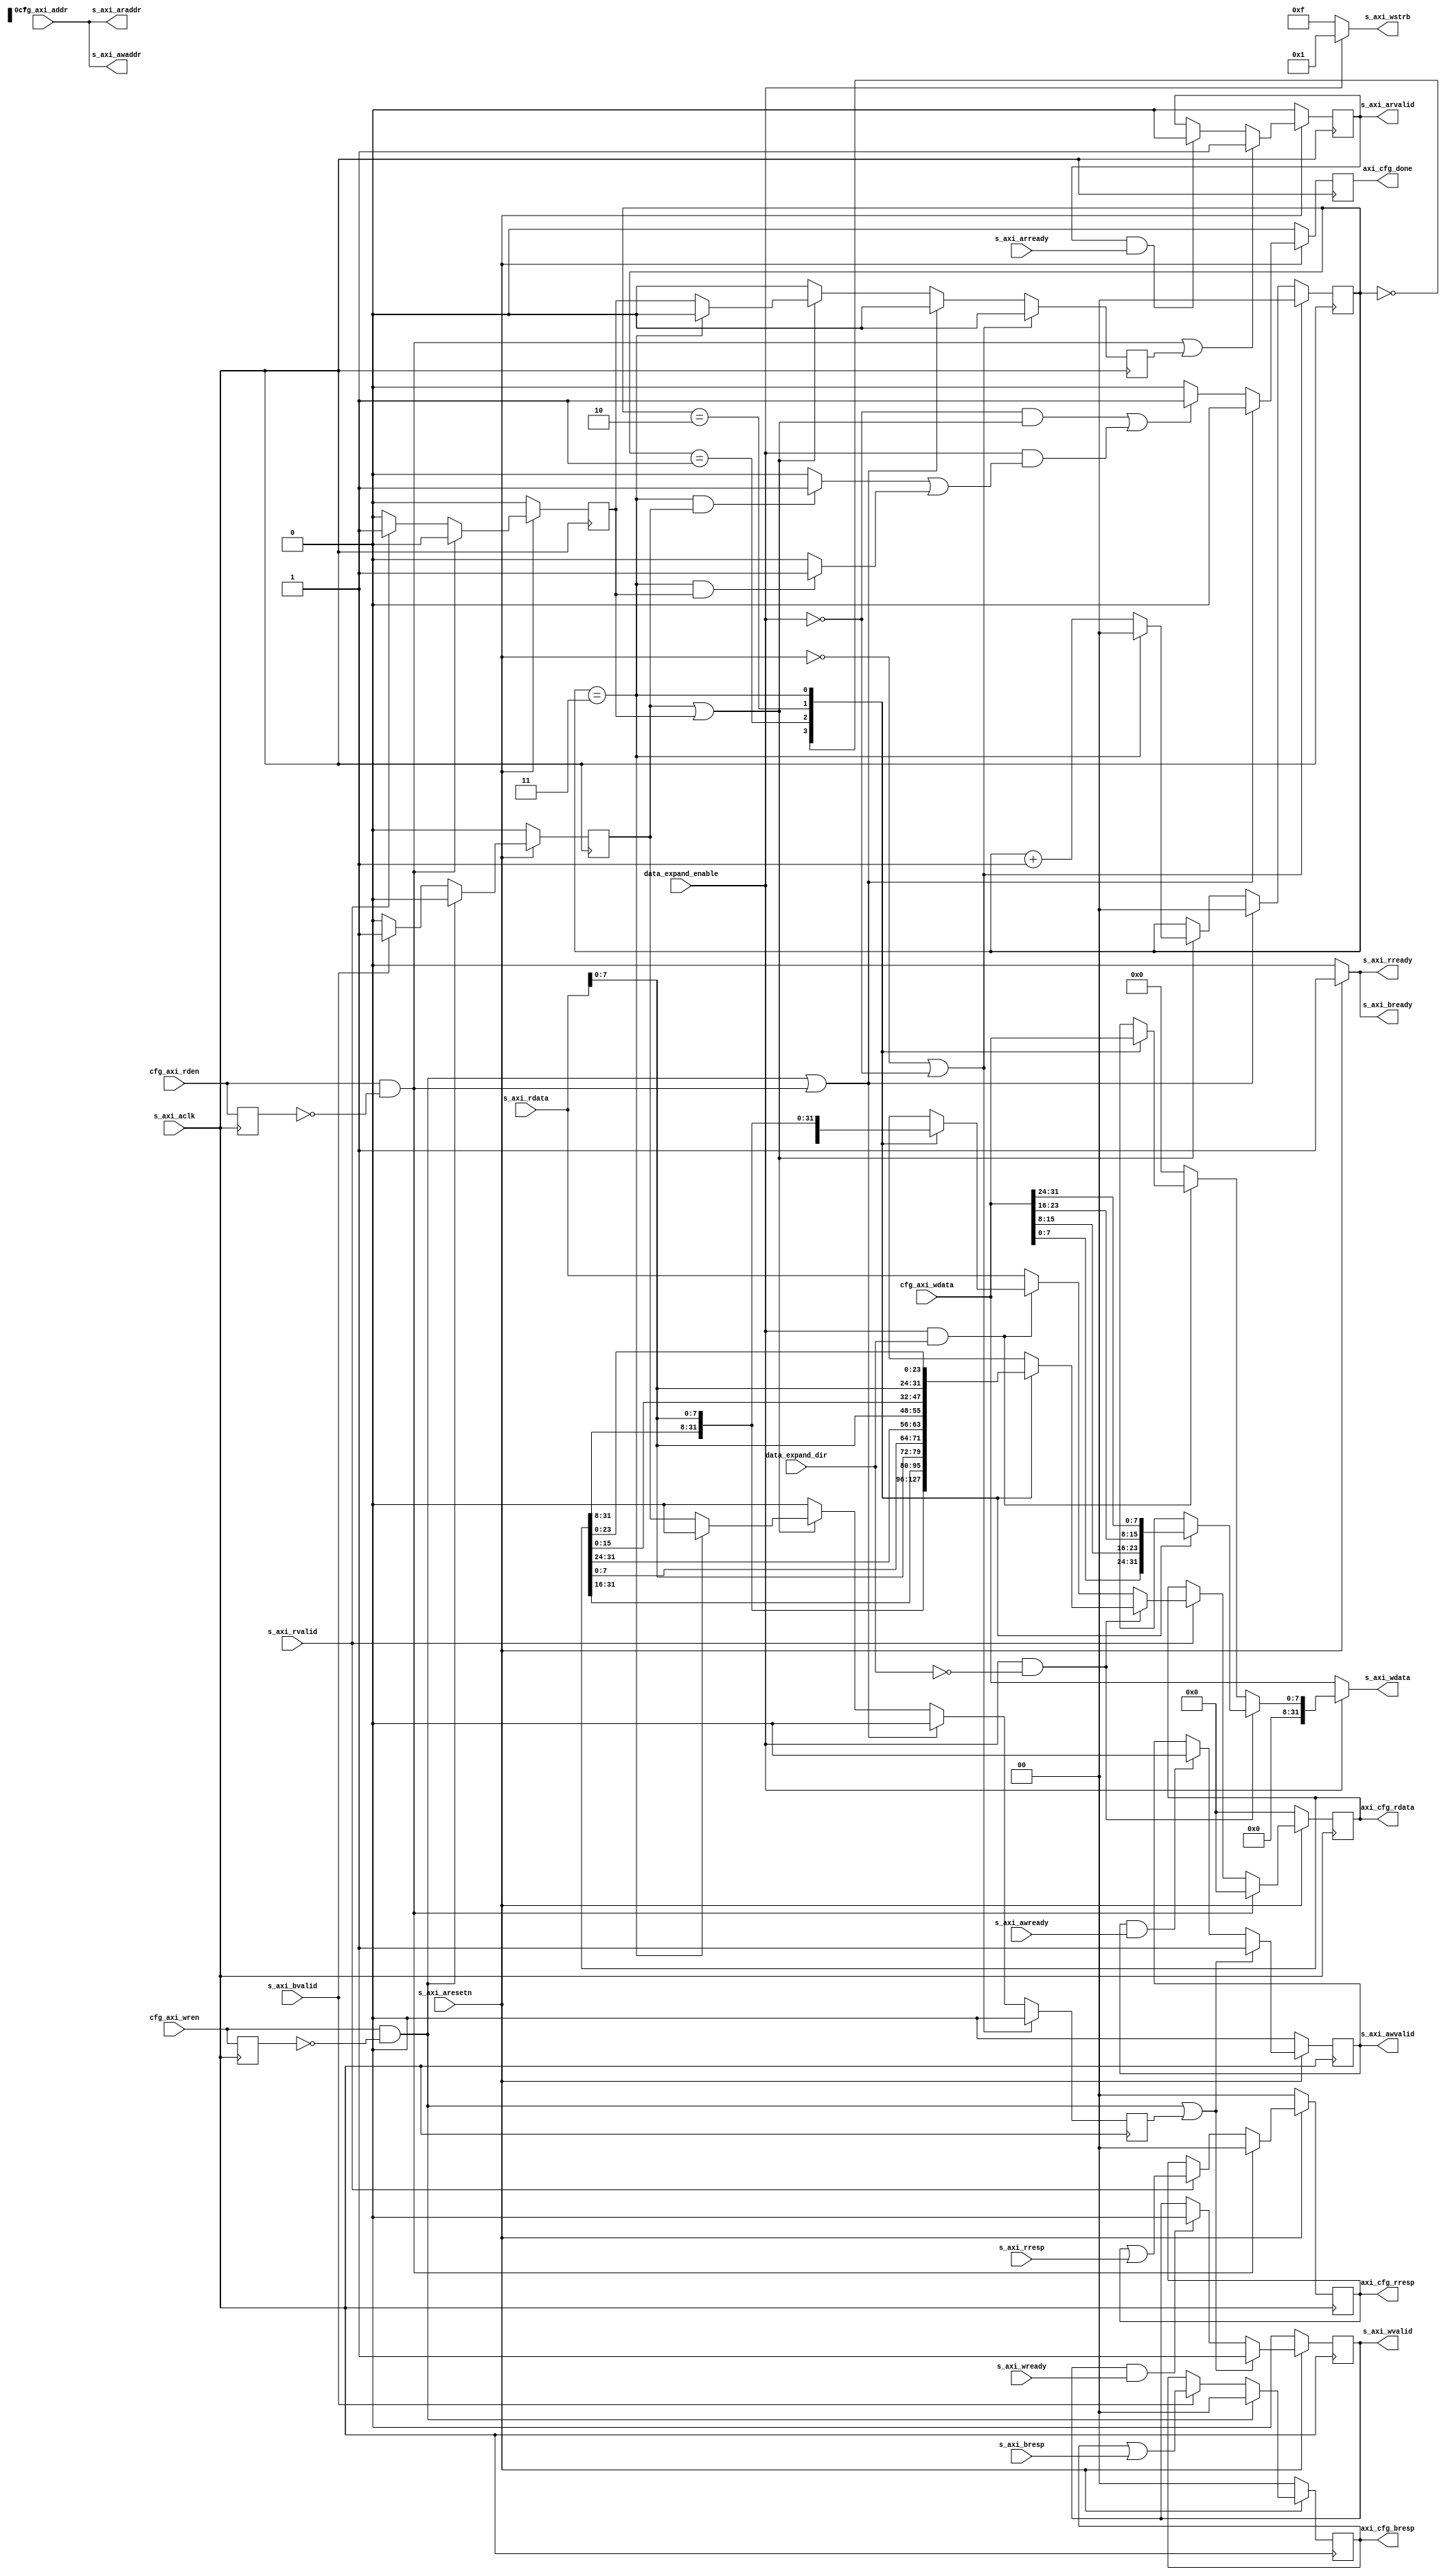
// *!***************************************************************************
// *! Copyright 2019 International Business Machines
// *!
// *! Licensed under the Apache License, Version 2.0 (the "License");
// *! you may not use this file except in compliance with the License.
// *! You may obtain a copy of the License at
// *! http://www.apache.org/licenses/LICENSE-2.0 
// *!
// *! The patent license granted to you in Section 3 of the License, as applied
// *! to the "Work," hereby includes implementations of the Work in physical form.  
// *!
// *! Unless required by applicable law or agreed to in writing, the reference design
// *! distributed under the License is distributed on an "AS IS" BASIS,
// *! WITHOUT WARRANTIES OR CONDITIONS OF ANY KIND, either express or implied.
// *! See the License for the specific language governing permissions and
// *! limitations under the License.
// *! 
// *! The background Specification upon which this is based is managed by and available from
// *! the OpenCAPI Consortium.  More information can be found at https://opencapi.org. 
// *!***************************************************************************
 `timescale 1ns / 1ps
// ******************************************************************************************************************************
// Project            :  OpenCAPI CFG extension to convert CFG regs to an AXI4-Lite interface
//
// Module Description : This file converts a software accessible configuration register signals to an AXI4-Lite interface.
//
// Note: The software registers are expected to held stable during the entire command. This allows a synchronous design
//       with only one clock, at the frequency of the AXI4-Lite interface. The rising edge of this clock should align with
//       the clock used by the configuration registers, although there can be a difference in frequency (i.e. CFG clock 
//       of 400 MHz, AXI4-Lite clock of 200 MHz generated from the same oscillator source). 
//
// ******************************************************************************************************************************
// Modification History :
//                                     |Version    |     |Author   |Description of change
//                                     |-----------|     |-------- |---------------------
  `define CFG_REG_TO_AXI4LITE_VERSION   13_NOV_2017   //            Initial creation         
//
// ******************************************************************************************************************************


// ==============================================================================================================================
// @@@  Module Declaration
// ==============================================================================================================================

module cfg_reg_to_axi4lite (

    // Misc signals
    input          s_axi_aclk             // Clock for AXI4-Lite interface
  , input          s_axi_aresetn          // (active low) Functional reset

    // Configuration register interface
  , input   [13:0] cfg_axi_addr           // Read or write address to selected target (set upper unused bits to 0)
  , input          cfg_axi_wren           // Set to 1 to write a location, held stable through operation until done=1
  , input   [31:0] cfg_axi_wdata          // Contains write data (valid while wren=1)
  , input          cfg_axi_rden           // Set to 1 to read  a location, held stable through operation until done=1
  , output  [31:0] axi_cfg_rdata          // Contains read data (valid when rden=1 and done=1)
  , output         axi_cfg_done           // AXI logic pulses to 1 for 1 cycle when write is complete, or when rdata contains valid results
  , output   [1:0] axi_cfg_bresp          // Write response from selected AXI4-Lite device
  , output   [1:0] axi_cfg_rresp          // Read  response from selected AXI4-Lite device
//, output   [9:0] axi_cfg_status         <-- Pass directly from slaves to config regs, bypassing the conversion logic
  , input          data_expand_enable     // When 1, expand/collapse 4 bytes of data into four, 1 byte AXI operations
  , input          data_expand_dir        // When 0, expand bytes [3:0] in order 0,1,2,3 . When 1, expand in order 3,2,1,0 .

    // AXI4-Lite interface  (refer to "AMBA AXI and ACE Protocol Specification" from ARM)
  , output  [13:0] s_axi_awaddr  
  , output         s_axi_awvalid 
  , input          s_axi_awready  
  , output  [31:0] s_axi_wdata 
  , output   [3:0] s_axi_wstrb  
  , output         s_axi_wvalid  
  , input          s_axi_wready 
  , input    [1:0] s_axi_bresp 
  , input          s_axi_bvalid  
  , output         s_axi_bready  
  , output  [13:0] s_axi_araddr  
  , output         s_axi_arvalid  
  , input          s_axi_arready 
  , input   [31:0] s_axi_rdata  
  , input    [1:0] s_axi_rresp  
  , input          s_axi_rvalid 
  , output         s_axi_rready
);

// Notes:
// Keep latency as low as possible. This this is 1/2 freq of the config regs, lengthy combinational logic shouldn't be a problem.

// ------------------------------------------------------------------------------------------------------------
// Detect rising edge of wren and rden - these indicate the start of the 1st operation, if expansion is enabled
// ------------------------------------------------------------------------------------------------------------
wire rising_wren;
wire rising_rden;
reg  delay_wren_q;
reg  delay_rden_q;
always @(posedge(s_axi_aclk))
  begin
    delay_wren_q <= cfg_axi_wren;
    delay_rden_q <= cfg_axi_rden;
  end
assign rising_wren = cfg_axi_wren & ~delay_wren_q;       // Pulse when current value = 1 and last cycle was 0
assign rising_rden = cfg_axi_rden & ~delay_rden_q;


// ------------------------------------------------------------------
// Expander 
// ------------------------------------------------------------------
reg  [7:0] expander_wdata;
reg  [1:0] expander_state_q;   // When used, states change in order of 00, 01, 10, 11
reg        expander_wren_q;
reg        expander_rden_q;
wire       exp_done_wr;        // Expander version of 'set_done_wr' and 'set_done_rd'
wire       exp_done_rd;
reg        set_done_wr;        // Individual transfer is complete
reg        set_done_rd;


// Expander state machine and pulses marking start of expanded transfer
// Note: An 'operation' consists of 1 or more 'transfers' depending if the 'expander' is enabled or not.
always @(posedge(s_axi_aclk))
  if (s_axi_aresetn == 1'b0 || data_expand_enable == 1'b0) // On reset or when expander not in use, set to inactive values
    begin                                  
      expander_state_q <= 2'b00;                          
      expander_wren_q  <= 1'b0;
      expander_rden_q  <= 1'b0;
    end
  else if (rising_wren == 1'b1 || rising_rden == 1'b1)     // When starting a new operation, and expander is enabled
    begin                                  
      expander_state_q <= 2'b00;                           // Clear to starting state
      expander_wren_q  <= 1'b0;                            // Suppress first 'expander_*en_q' pulse so logic below doesn't see 
      expander_rden_q  <= 1'b0;                            //   rising_*en pulse followed a cycle later by 'expander_*en_q' pulse
    end
  else if (set_done_wr == 1'b1 || set_done_rd == 1'b1)     // When current transfer is done (and expander is enabled)
    begin
      if (expander_state_q == 2'b11)
        begin
          expander_state_q <= 2'b00;                       // Stop expander after 4 transfers
          expander_wren_q  <= 1'b0;                        // Do not begin another transfer
          expander_rden_q  <= 1'b0;
        end
      else
        begin
          expander_state_q <= expander_state_q + 2'b01;    // Move to next state 
          expander_wren_q  <= set_done_wr;                 // Pulse to begin next expanded transfer, depending on its type
          expander_rden_q  <= set_done_rd;
        end
    end
  else
    begin
      expander_state_q <= expander_state_q;                // Stay in current state when idle or when transfer is going on
      expander_wren_q  <= 1'b0;                            // Do not start new transfer, turn into a pulse if set in last cycle
      expander_rden_q  <= 1'b0;
    end

// Pulse exp_done_* when expander is enabled (expander_state_q <> 00) and last transfer is complete
// This is pulse because set_done_* are pulses.
assign exp_done_wr = (expander_state_q == 2'b11 && set_done_wr == 1'b1) ? 1'b1 : 1'b0;
assign exp_done_rd = (expander_state_q == 2'b11 && set_done_rd == 1'b1) ? 1'b1 : 1'b0;

// Select expander_wdata
always @(*)  // Combinational
  if (data_expand_enable == 1'b1 && data_expand_dir == 1'b0)  // Byte order 0,1,2,3
    case (expander_state_q)
      2'b00: expander_wdata = cfg_axi_wdata[ 7: 0];
      2'b01: expander_wdata = cfg_axi_wdata[15: 8];
      2'b10: expander_wdata = cfg_axi_wdata[23:16];
      2'b11: expander_wdata = cfg_axi_wdata[31:24];
    endcase
  else if (data_expand_enable == 1'b1 && data_expand_dir == 1'b1)  // Byte order 3,2,1,0
    case (expander_state_q)
      2'b00: expander_wdata = cfg_axi_wdata[31:24];
      2'b01: expander_wdata = cfg_axi_wdata[23:16];
      2'b10: expander_wdata = cfg_axi_wdata[15: 8];
      2'b11: expander_wdata = cfg_axi_wdata[ 7: 0];
    endcase
  else     // Expander is disabled
    expander_wdata = 8'h00;


// ------------------------------------------------------------------
// Signals driven directly from config regs to AXI4-Lite
// - Write and Read addresses can come from CFG regs directly, as they are the same whether the expander is engaged or not
// - Write data though comes from the CFG reg directly if the expander is disabled, but from the expander if it is enabled
// - Expanded data appears in [7:0] of [31:0] to match the position expected by the Quad SPI core when accessing DTR and DRR FIFOs.
// - Write strobes use all 4 bytes if the expander is disabled, and the right most byte when expander is enabled.
//   Use a Read-Modify-Write procedure in cases where other individual bytes need to be updated.
// ------------------------------------------------------------------

assign s_axi_awaddr = cfg_axi_addr;
assign s_axi_araddr = cfg_axi_addr;
assign s_axi_wdata  = (data_expand_enable == 1'b0) ? cfg_axi_wdata : {24'b0, expander_wdata}; // Expander data in [7:0]
assign s_axi_wstrb  = (data_expand_enable == 1'b0) ? 4'b1111 : 4'b0001;   // Only bits [7:0] carry useful data when expander is active

// -----------------------
// Ready / Valid exchanges
// -----------------------

// *** Either Operation ***
// - When reset is active, done=0 and all valid = 0 (arvalid, awvalid, wvalid). 
// - If not reset and (rising edge of wren or rising edge of rden), set done=0. When operation is complete, set done to CFG regs.
// *** Write Operation ***
// - If not reset and rising edge of wren, set awvalid=1. Wait for awready=1. At next posedge clk, set awvalid=0.
// - If not reset and rising edge of wren, set wvalid=1.  Wait for wready=1.  At next posedge clk, set wvalid=0.
// - If not reset, set bready=1.
// - When doing write op, wait for bvalid=1. At next posedge clk, capture bresp and hold for config reg. Set done=1.
// *** Read Operation ***
// - If not reset and rising edge of rden, set arvalid=1. Wait for arready=1. At next posedge clk, set arvalid=0.
// - If not reset, set rready=1.
// - If not reset and rising edge of rden, wait for rvalid=1. At next posedge clk, capture and hold rresp and rdata. Set done=1.


// *** Either Operation ***

// Control 'done' on individual transfers (same signal for both write and read)
reg  done_q;
always @(posedge(s_axi_aclk))
  if (s_axi_aresetn == 1'b0)                             // On reset, set done=0                      
    done_q <= 1'b0;
  else if (rising_wren == 1'b1 || rising_rden == 1'b1)   // When write or read operation starts, set done=0
    done_q <= 1'b0;
  else if ( (data_expand_enable == 1'b0                         // Expander disabled, 
             && (set_done_wr == 1'b1 || set_done_rd == 1'b1) )  //   set done when wr or rd completes
         || (data_expand_enable == 1'b1                         // Expander enabled,
             && (exp_done_wr == 1'b1 || exp_done_rd == 1'b1) )  //   set done when last wr or rd is complete
          )
    done_q <= 1'b1;
  else if (done_q == 1'b1)                               // Make 'done' a single cycle pulse
    done_q <= 1'b0;
  else                                                   // Otherwise hold the current value
    done_q <= done_q;
assign axi_cfg_done = done_q;


// *** Write Operation ***


// Control 'awvalid' 
reg  awvalid_q;
always @(posedge(s_axi_aclk))
  if (s_axi_aresetn == 1'b0)                               // On reset, set awvalid=0                      
    awvalid_q <= 1'b0;
  else if (rising_wren == 1'b1 || expander_wren_q == 1'b1) // On rising edge of regular or expanded wren, set awvalid=1
    awvalid_q <= 1'b1;
  else if (awvalid_q == 1'b1 && s_axi_awready == 1'b1)     // After being set, when awready=1, clear after next clock edge.
    awvalid_q <= 1'b0;
  else                                                     // Hold value
    awvalid_q <= awvalid_q;
assign s_axi_awvalid = awvalid_q;


// Control 'wvalid' 
reg  wvalid_q;
always @(posedge(s_axi_aclk))
  if (s_axi_aresetn == 1'b0)                               // On reset, set wvalid=0                      
    wvalid_q <= 1'b0;
  else if (rising_wren == 1'b1 || expander_wren_q == 1'b1) // On rising edge of regular or expanded wren, set wvalid=1
    wvalid_q <= 1'b1;
  else if (wvalid_q == 1'b1 && s_axi_wready == 1'b1)       // After being set, when wready=1, clear after next clock edge.
    wvalid_q <= 1'b0;
  else                                                     // Hold value
    wvalid_q <= wvalid_q;           
assign s_axi_wvalid = wvalid_q;


// Control 'bready'
assign s_axi_bready = (s_axi_aresetn == 1'b0) ? 1'b0 : 1'b1;  // If not in reset, master side is always ready for BRESP
                                                              // This means BRESP will be a pulse


// Capture and hold 'bresp'
reg  [1:0] bresp_q;
always @(posedge(s_axi_aclk))
  if (s_axi_aresetn == 1'b0)                             // On reset, set bresp=00 (successful status)
    begin
      bresp_q     <= 2'b00;
      set_done_wr <= 1'b0;
    end
  else if (rising_wren == 1'b1)                          // When first write starts, set successful status and clear transfer done pulse
    begin
      bresp_q     <= 2'b00; 
      set_done_wr <= 1'b0;                               
    end
  else if (s_axi_bvalid == 1'b1)                         // When bvalid=1, capture and hold bresp. Set done=1.
    begin
      bresp_q     <= bresp_q | s_axi_bresp;              // Use OR to combine responses in case expander is in use
      set_done_wr <= 1'b1;                               // Pulse for 1 cycle, when bvalid=1
    end
  else
    begin
      bresp_q     <= bresp_q;
      set_done_wr <= 1'b0;                               // Makes 'set_done_wr' a pulse
    end
assign axi_cfg_bresp = bresp_q;     // While visible on each transfer, software shouldn't look at it until opertion is over


// *** Read Operation ***


// Control 'arvalid'
reg  arvalid_q;
always @(posedge(s_axi_aclk))
  if (s_axi_aresetn == 1'b0)                               // On reset, set arvalid=0                      
    arvalid_q <= 1'b0;
  else if (rising_rden == 1'b1 || expander_rden_q == 1'b1) // On rising edge of regular or expanded rden, set arvalid=1
    arvalid_q <= 1'b1;
  else if (arvalid_q == 1'b1 && s_axi_arready == 1'b1)     // After being set, when arready=1, clear after next clock edge.
    arvalid_q <= 1'b0;
  else                                                     // Hold value
    arvalid_q <= arvalid_q;
assign s_axi_arvalid = arvalid_q;


// Control 'rready'
assign s_axi_rready = (s_axi_aresetn == 1'b0) ? 1'b0 : 1'b1;  // If not in reset, master side is always ready for RRESP and RDATA
                                                              // This means RRESP and RDATA will be a pulse

// Capture and hold 'rresp' and 'rdata'
reg   [1:0] rresp_q;
reg  [31:0] rdata_q;
always @(posedge(s_axi_aclk))
  if (s_axi_aresetn == 1'b0)                             // On reset, set rresp=00 (successful status) and rdata=0
    begin
      rresp_q     <= 2'b00;
      rdata_q     <= 32'h0000_0000;
      set_done_rd <= 1'b0;
    end
  else if (rising_rden == 1'b1)                          // Clear registers when first read starts
    begin
      rresp_q     <= 2'b00; 
      rdata_q     <= 32'h0000_0000;
      set_done_rd <= 1'b0;                               
    end
  else if (s_axi_rvalid == 1'b1)                         // When slave issues rvalid=1, capture rresp & rdata. Set transfer done=1.
    begin
      rresp_q     <= rresp_q | s_axi_rresp;              // When needed, combine responses between expanded ops
      // Form rdata
      if (data_expand_enable == 1'b1 && data_expand_dir == 1'b0)  // Byte order 0,1,2,3; returned byte in [7:0] of [31:0]
        case (expander_state_q)
          2'b00: rdata_q <= {rdata_q[31: 8], s_axi_rdata[7:0]                };     
          2'b01: rdata_q <= {rdata_q[31:16], s_axi_rdata[7:0], rdata_q[ 7:0] };
          2'b10: rdata_q <= {rdata_q[31:24], s_axi_rdata[7:0], rdata_q[15:0] };
          2'b11: rdata_q <= {                s_axi_rdata[7:0], rdata_q[23:0] };
        endcase
      else if (data_expand_enable == 1'b1 && data_expand_dir == 1'b1)  // Byte order 3,2,1,0; returned byte in [7:0] of [31:0]
        case (expander_state_q)
          2'b00: rdata_q <= {                s_axi_rdata[7:0], rdata_q[23:0] };
          2'b01: rdata_q <= {rdata_q[31:24], s_axi_rdata[7:0], rdata_q[15:0] };
          2'b10: rdata_q <= {rdata_q[31:16], s_axi_rdata[7:0], rdata_q[ 7:0] };
          2'b11: rdata_q <= {rdata_q[31: 8], s_axi_rdata[7:0]                };     
        endcase
      else                                               // Expander is not enabled, pass all data back as is
        rdata_q <= s_axi_rdata;
      // Pulse 'done' for individual transfer 
      set_done_rd <= 1'b1;                               // Pulse for 1 cycle, when rvalid=1
    end
  else                                                   
    begin                                                // Hold rresp and rdata
      rresp_q     <= rresp_q;
      rdata_q     <= rdata_q;
      set_done_rd <= 1'b0;                               // Makes 'set_done_rd' a pulse
    end
assign axi_cfg_rresp = rresp_q;     // While visible on each transfer, software shouldn't look at it until opertion is over
assign axi_cfg_rdata = rdata_q;


endmodule